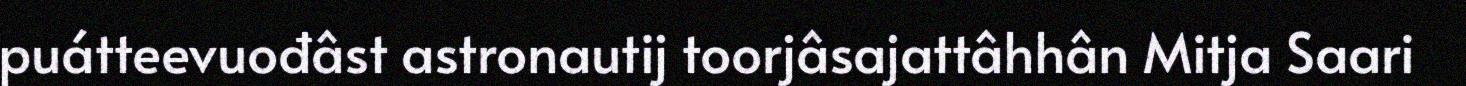
puátteevuođâst astronautij toorjâsajattâhhân Mitja Saari